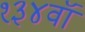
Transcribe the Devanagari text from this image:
१३४वॉ